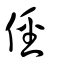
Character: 俓